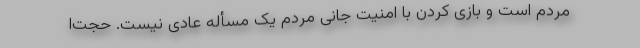
مردم است و بازی کردن با امنیت جانی مردم یک مسأله عادی نیست. حجت‌ا